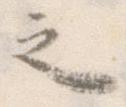
之